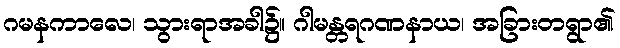
ဂမနကာလေ၊ သွားရာအခါ၌။ ဂါမန္တရဂဏနာယ၊ အခြားတရွာ၏